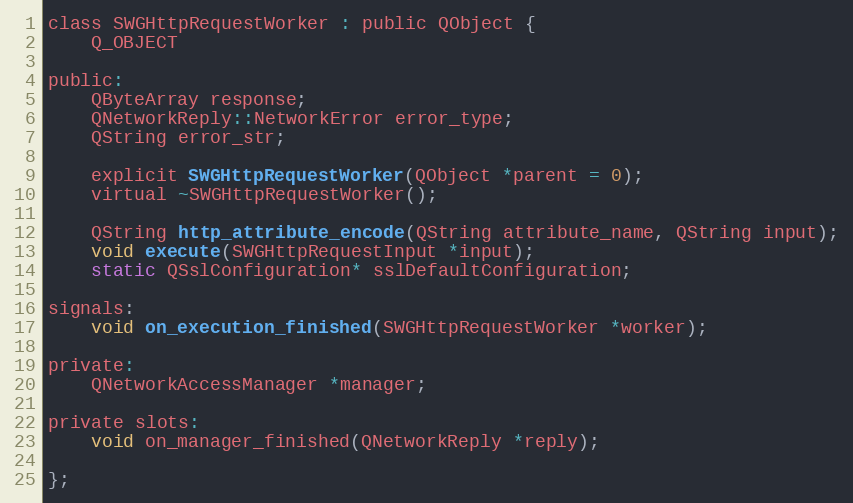
Language: C
class SWGHttpRequestWorker : public QObject {
    Q_OBJECT

public:
    QByteArray response;
    QNetworkReply::NetworkError error_type;
    QString error_str;

    explicit SWGHttpRequestWorker(QObject *parent = 0);
    virtual ~SWGHttpRequestWorker();

    QString http_attribute_encode(QString attribute_name, QString input);
    void execute(SWGHttpRequestInput *input);
    static QSslConfiguration* sslDefaultConfiguration;

signals:
    void on_execution_finished(SWGHttpRequestWorker *worker);

private:
    QNetworkAccessManager *manager;

private slots:
    void on_manager_finished(QNetworkReply *reply);

};